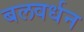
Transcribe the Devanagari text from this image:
बलवर्धन